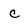
Character: C